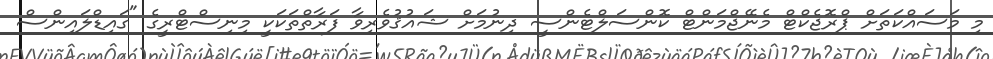
މި މަސައްކަތަށް ޕްރޮޖެކްޓް މެނޭޖްމަންޓް ކޮންސަލްޓެންސީ ދިނުމަށް ޝައުޤުވެރިވާ ފަރާތްތަކަކީ މިނިސްޓްރީގެ "ގައިޑްލައިންސް